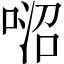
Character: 𠶕